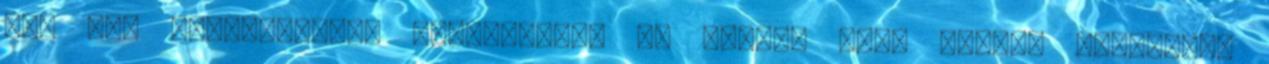
már két családtaggal lebeszéltem az Emóció majd EM-BIO szedését,